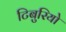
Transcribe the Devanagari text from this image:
टिबुरियो